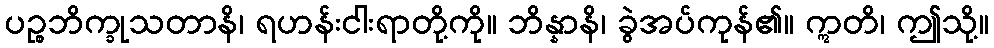
ပဉ္စဘိက္ခုသတာနိ၊ ရဟန်းငါးရာတို့ကို။ ဘိန္နာနိ၊ ခွဲအပ်ကုန်၏။ ဣတိ၊ ဤသို့။